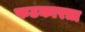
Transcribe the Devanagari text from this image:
फटकारता